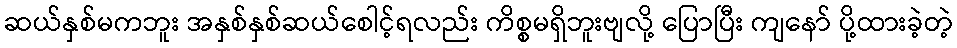
ဆယ်နှစ်မကဘူး အနှစ်နှစ်ဆယ်စေါင့်ရလည်း ကိစ္စမရှိဘူးဗျလို့ ပြောပြီး ကျနော် ပို့ထားခဲ့တဲ့